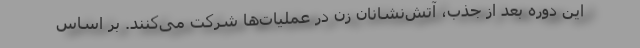
این دوره بعد از جذب، آتش‌نشانان زن در عملیات‌ها شرکت می‌کنند. بر اساس